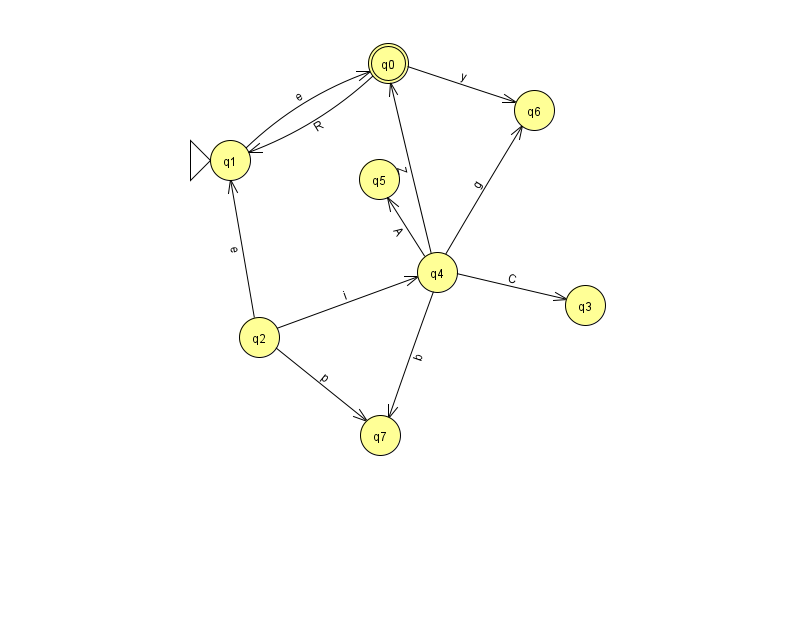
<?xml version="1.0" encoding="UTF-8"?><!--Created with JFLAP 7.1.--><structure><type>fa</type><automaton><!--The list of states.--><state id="0" name="q0"><x>388.0</x><y>50.0</y><final/></state><state id="1" name="q1"><x>230.0</x><y>147.0</y><initial/></state><state id="2" name="q2"><x>259.0</x><y>324.0</y></state><state id="3" name="q3"><x>585.0</x><y>292.0</y></state><state id="4" name="q4"><x>437.0</x><y>259.0</y></state><state id="5" name="q5"><x>379.0</x><y>166.0</y></state><state id="6" name="q6"><x>534.0</x><y>97.0</y></state><state id="7" name="q7"><x>380.0</x><y>422.0</y></state><!--The list of transitions.--><transition><from>2</from><to>7</to><read>p</read></transition><transition><from>4</from><to>3</to><read>C</read></transition><transition><from>4</from><to>5</to><read>A</read></transition><transition><from>4</from><to>6</to><read>g</read></transition><transition><from>4</from><to>7</to><read>b</read></transition><transition><from>1</from><to>0</to><read>e</read></transition><transition><from>2</from><to>1</to><read>e</read></transition><transition><from>2</from><to>4</to><read>i</read></transition><transition><from>4</from><to>0</to><read>Z</read></transition><transition><from>0</from><to>6</to><read>y</read></transition><transition><from>0</from><to>1</to><read>R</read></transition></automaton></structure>